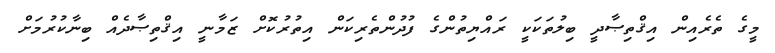
މީގެ ތެރެއިން އިޤްތިޞާދީ ބިލުތަކަކީ ރައްޔިތުންގެ ފުދުންތެރިކަން އިތުރުކޮށް ޒަމާނީ އިޤްތިޞާދެއް ބިނާކުރުމަށް